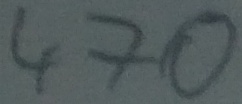
Text: 470